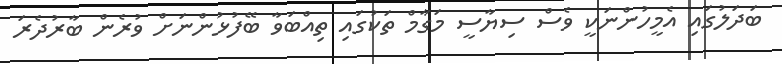
ބަދަލުގައި އެމީހުންނަކީ ވެސް ސިޔާސީ މަގާމް ތަކުގައި ތިއްބަވާ ބޭފުޅުންނަށް ވުރެން ބާރުދެރަ